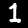
Label: 1